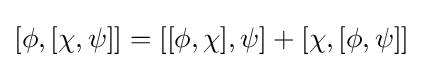
[\phi ,[\chi ,\psi ]]=[[\phi ,\chi ],\psi ]+[\chi ,[\phi ,\psi ]]